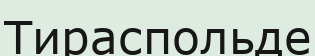
Тираспольде